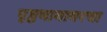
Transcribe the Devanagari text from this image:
पृष्ठभागावरचा